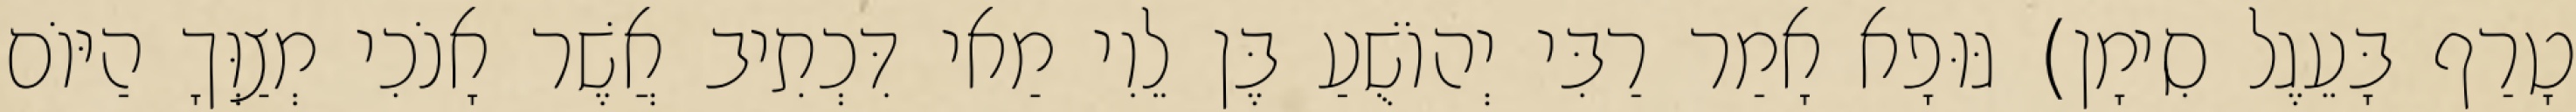
טָרַף בָּעֵגֶל סִימָן) גּוּפָא אָמַר רַבִּי יְהוֹשֻׁעַ בֶּן לֵוִי מַאי דִּכְתִיב אֲשֶׁר אָנֹכִי מְצַוְּךָ הַיּוֹם